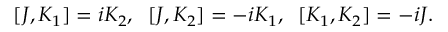
[ J , K _ { 1 } ] = i K _ { 2 } , \; \; [ J , K _ { 2 } ] = - i K _ { 1 } , \; \; [ K _ { 1 } , K _ { 2 } ] = - i J .